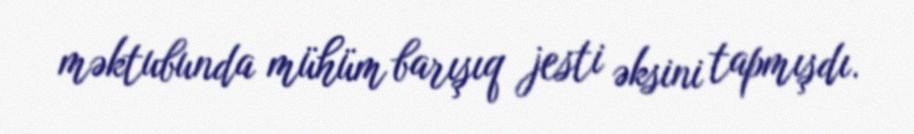
məktubunda mühüm barışıq jesti əksini tapmışdı.